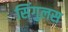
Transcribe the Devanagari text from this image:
सिंगुलस